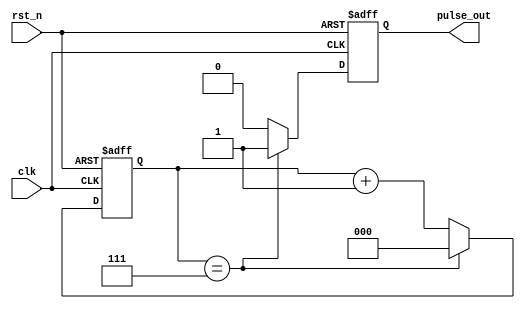
module divide_by_n_counter #(
    parameter N = 8 // Set the default value of N (e.g., 8)
)(
    input wire clk,      // Clock input
    input wire rst_n,    // Asynchronous active-low reset
    output reg pulse_out  // Output pulse
);

    // Counter state
    reg [clog2(N)-1:0] count; // Counter variable, size determined by N

    // Calculate the ceiling of log2(N) using a function
    function integer clog2;
        input integer value;
        begin
            value = value - 1;
            for (clog2 = 0; value > 0; clog2 = clog2 + 1)
                value = value >> 1;
        end
    endfunction

    // Sequential logic for the counter
    always @(posedge clk or negedge rst_n) begin
        if (!rst_n) begin
            count <= 0; // Reset the count to 0
            pulse_out <= 0; // Ensure pulse output is low on reset
        end else begin
            if (count == N - 1) begin
                count <= 0; // Reset the count
                pulse_out <= 1; // Assert the output pulse
            end else begin
                count <= count + 1; // Increment the count
                pulse_out <= 0; // Deassert the output pulse
            end
        end
    end

endmodule